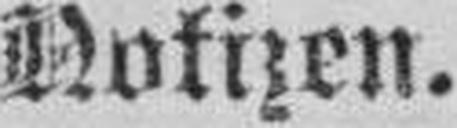
Notizen.